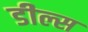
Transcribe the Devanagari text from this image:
डील्स